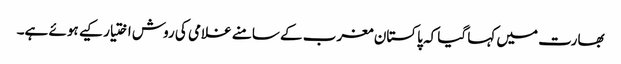
بھارت میں کہا گیا کہ پاکستان مغرب کے سامنے غلامی کی روش اختیار کیے ہوئے ہے۔